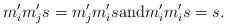
LaTeX: \begin{align*}m_{i}'m_{j}'s = m_{j}'m_{i}'s \textnormal{and} m_{i}'m_{i}'s = s. \end{align*}